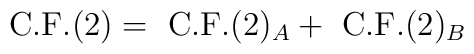
{\rm C.F.}(2) = \ {\rm C.F.}(2)_A + \ {\rm C.F.}(2)_B